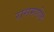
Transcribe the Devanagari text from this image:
रासमणीचे